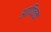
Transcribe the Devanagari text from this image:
आण्‍विक